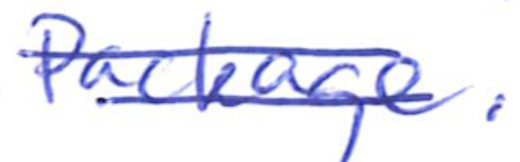
Text: Package.
Cross-out: double-line
Writing tool: ballpoint